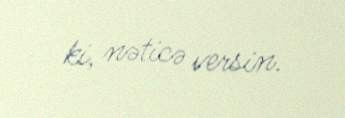
ki, nəticə versin.